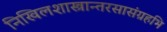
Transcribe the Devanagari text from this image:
निखिलशास्त्रान्तरसासंग्रहभि